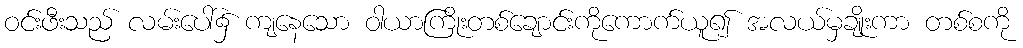
ဝင်းဖီးသည် လမ်းပေါ်၌ ကျနေသော ဝါယာကြိုးတစ်ချောင်းကိုကောက်ယူ၍ အလယ်မှချိုးကာ တစ်စကို